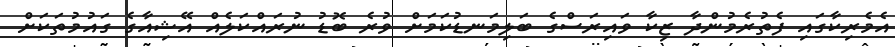
އެމެރިކާގައި ފެތުރެމުންދާ ޒިކާ ވައިރަސްގެ ބަލިމަނޑުކަމަށް ވުރެ ބޮޑު ނުރައްކަލެއް އޭޝިއާގެ ގައުމުތަކަށް